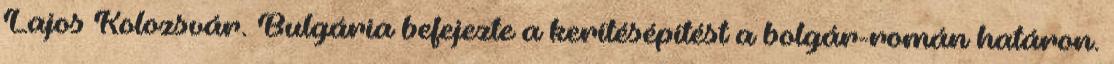
Lajos Kolozsvár. Bulgária befejezte a kerítésépítést a bolgár-román határon.